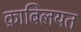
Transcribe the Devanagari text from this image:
क़ाबिलयत